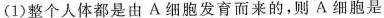
(1)整个人体都是由A细胞发育而来的，则A细胞是